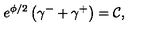
e ^ { \phi / 2 } \left( \gamma ^ { - } + \gamma ^ { + } \right) = \mathcal { C } ,